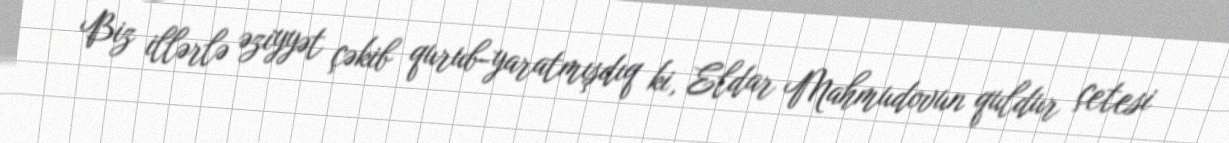
Biz illərlə əziyyət çəkib qurub-yaratmışdıq ki, Eldar Mahmudovun quldur çetesi